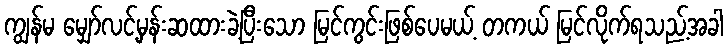
ကျွန်မ မျှော်လင့်မှန်းဆထားခဲ့ပြီးသော မြင်ကွင်းဖြစ်ပေမယ့် တကယ် မြင်လိုက်ရသည့်အခါ